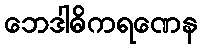
ဘေဒါဓိကရဏေန